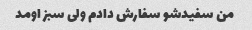
من سفیدشو سفارش دادم ولی سبز اومد